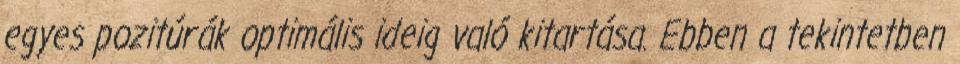
egyes pozitúrák optimális ideig való kitartása. Ebben a tekintetben